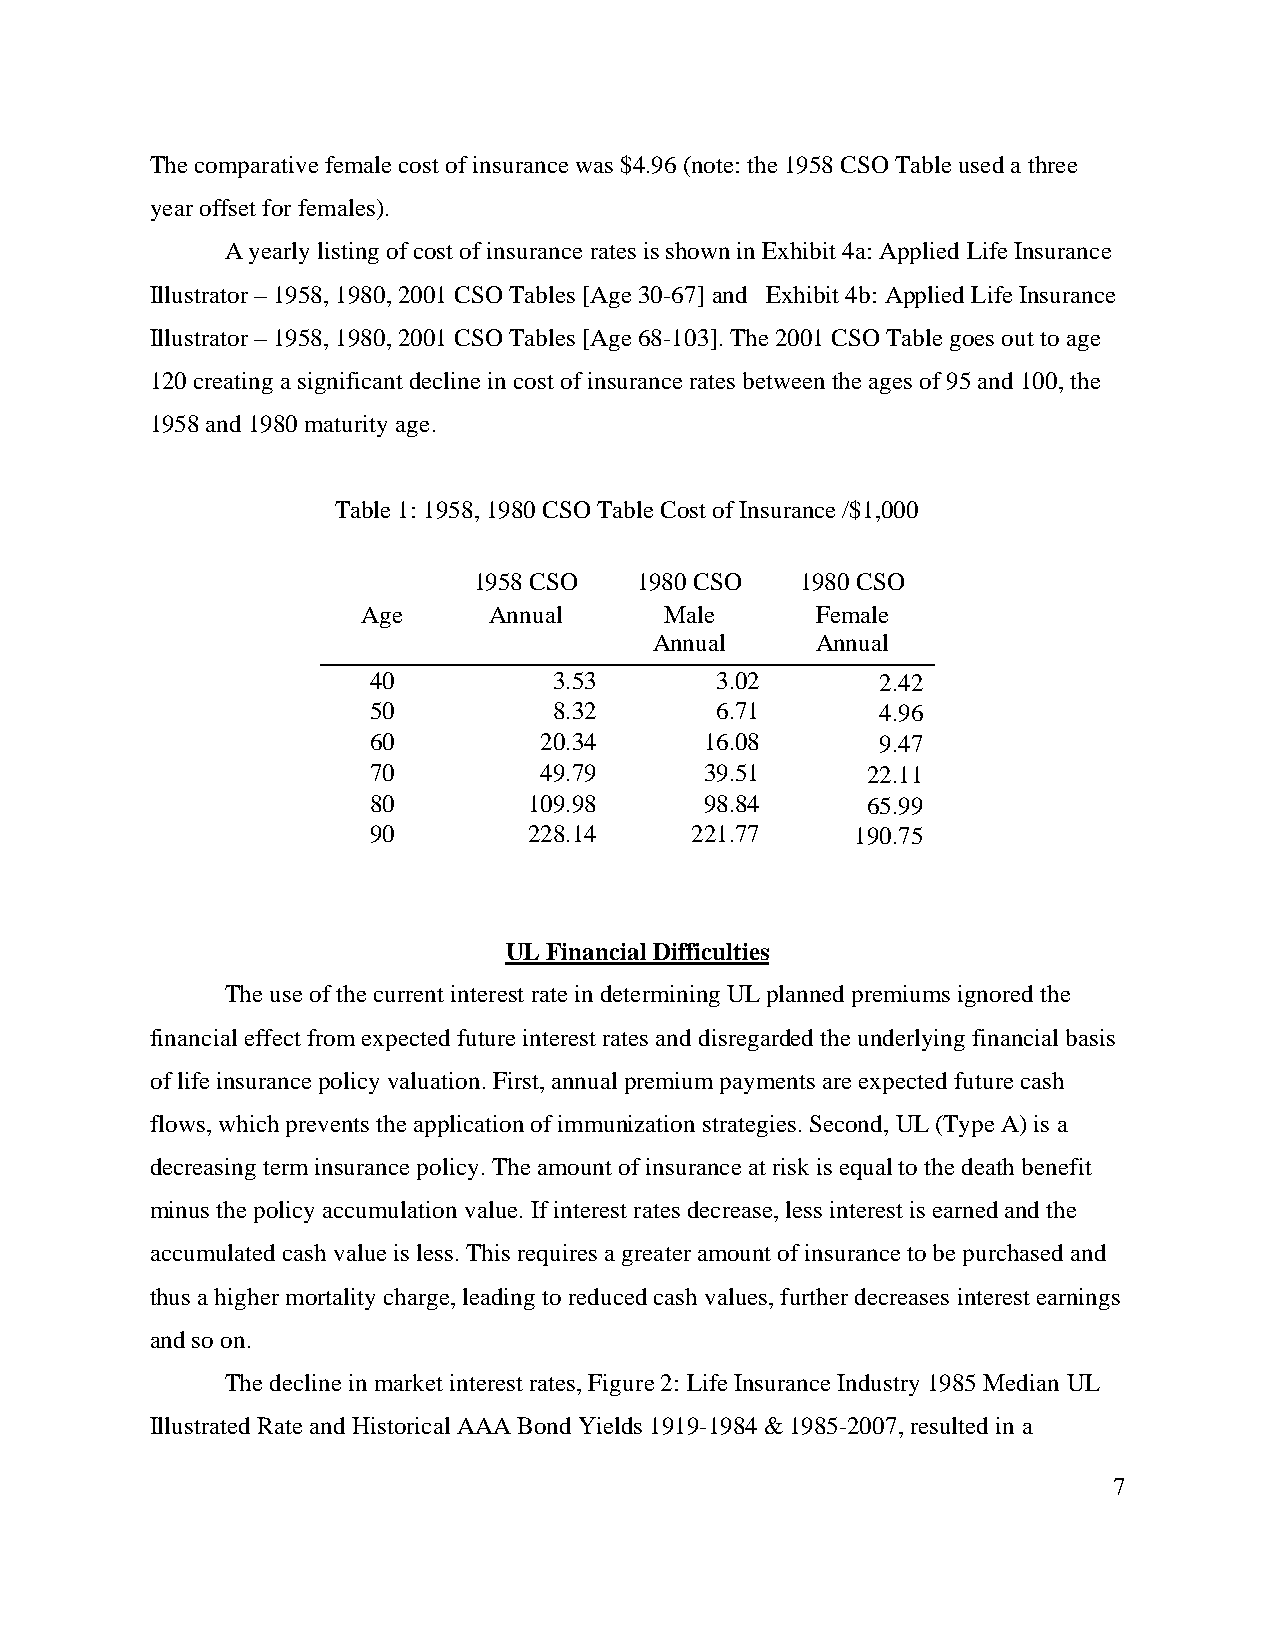
The comparative female cost of insurance was $4.96 (note: the 1958 CSO Table used a three
 year offset for females).
 A yearly listing of cost of insurance rates is shown in Exhibit 4a: Applied Life Insurance
 Illustrator – 1958, 1980, 2001 CSO Tables [Age 30-67] and Exhibit 4b: Applied Life Insurance
 Illustrator – 1958, 1980, 2001 CSO Tables [Age 68-103]. The 2001 CSO Table goes out to age
 120 creating a significant decline in cost of insurance rates between the ages of 95 and 100, the
 1958 and 1980 maturity age.
 Table 1: 1958, 1980 CSO Table Cost of Insurance /$1,000
 1958 CSO   1980 CSO   1980 CSO
 Age     Annual      Male      Female
 Annual     Annual
 40           3.53      3.02       2.42
 50           8.32      6.71       4.96
 60          20.34      16.08      9.47
 70          49.79      39.51     22.11
 80         109.98      98.84     65.99
 90         228.14     221.77     190.75
 UL Financial Difficulties
 The use of the current interest rate in determining UL planned premiums ignored the
 financial effect from expected future interest rates and disregarded the underlying financial basis
 of life insurance policy valuation. First, annual premium payments are expected future cash
 flows, which prevents the application of immunization strategies. Second, UL (Type A) is a
 decreasing term insurance policy. The amount of insurance at risk is equal to the death benefit
 minus the policy accumulation value. If interest rates decrease, less interest is earned and the
 accumulated cash value is less. This requires a greater amount of insurance to be purchased and
 thus a higher mortality charge, leading to reduced cash values, further decreases interest earnings
 and so on.
 The decline in market interest rates, Figure 2: Life Insurance Industry 1985 Median UL
 Illustrated Rate and Historical AAA Bond Yields 1919-1984 & 1985-2007, resulted in a
 7